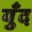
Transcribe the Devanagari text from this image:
बुँद